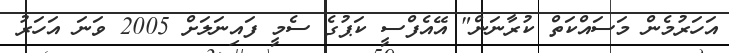
އަހަރުމެން މަސައްކަތް ކުރާނަން" އޭއެފްސީ ކަޕުގެ ސެމީ ފައިނަލަށް 2005 ވަނަ އަހަރު